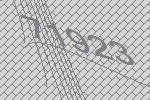
71923